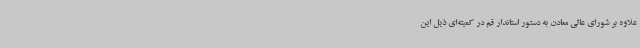
علاوه بر شورای عالی معادن به دستور استاندار قم در کمیته‌ای ذیل این